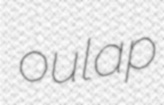
oulap